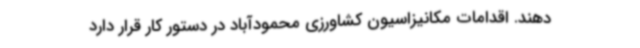
دهند. اقدامات مکانیزاسیون کشاورزی محمودآباد در دستور کار قرار دارد